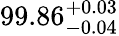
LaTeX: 99.86_{-0.04}^{~\! +0.03}